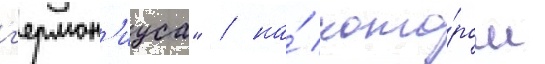
г'ермон'иуса" / на́ кото́ром